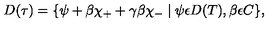
D ( \tau ) = \{ \psi + \beta \chi _ { + } + \gamma \beta \chi _ { - } \mid \psi \epsilon D ( T ) , \beta \epsilon C \} ,